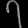
Digit: ၇